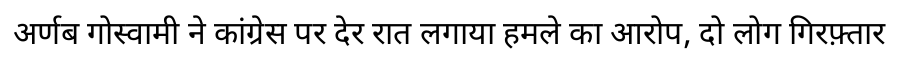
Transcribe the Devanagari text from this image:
अर्णब गोस्वामी ने कांग्रेस पर देर रात लगाया हमले का आरोप, दो लोग गिरफ़्तार